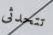
تتحدثى